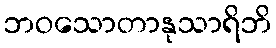
ဘဝသောတာနုသာရိဘိ